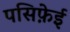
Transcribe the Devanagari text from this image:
पसिफ़ेई